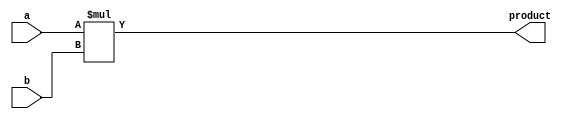

////////////////////////////////////////////////////////////////////////////////

//-----------------------------------------------------------------------------
//
// ABSTRACT:  Signed multiplier
//
//
// MODIFIED:
//
//
//------------------------------------------------------------------------------

module DW_mult_tc( a, b, product );


// parameters
parameter a_width = 8;
parameter b_width = 8;


//-----------------------------------------------------------------------------
// ports
input [a_width-1 : 0]	a;
input [b_width-1 : 0]	b;
output [a_width+b_width-1:0]	product;

wire signed [a_width+b_width-1:0]	product_tc;

  assign product_tc = $signed(a) * $signed(b);

  assign product = product_tc;

endmodule